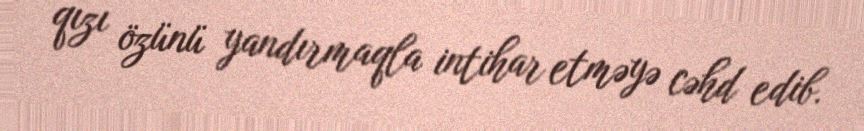
qızı özünü yandırmaqla intihar etməyə cəhd edib.